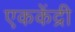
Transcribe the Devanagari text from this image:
एककेंद्री